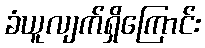
ခံယူလျက်ရှိကြောင်း